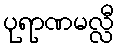
ပုရာဏမလ္လီ